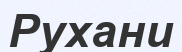
Рухани